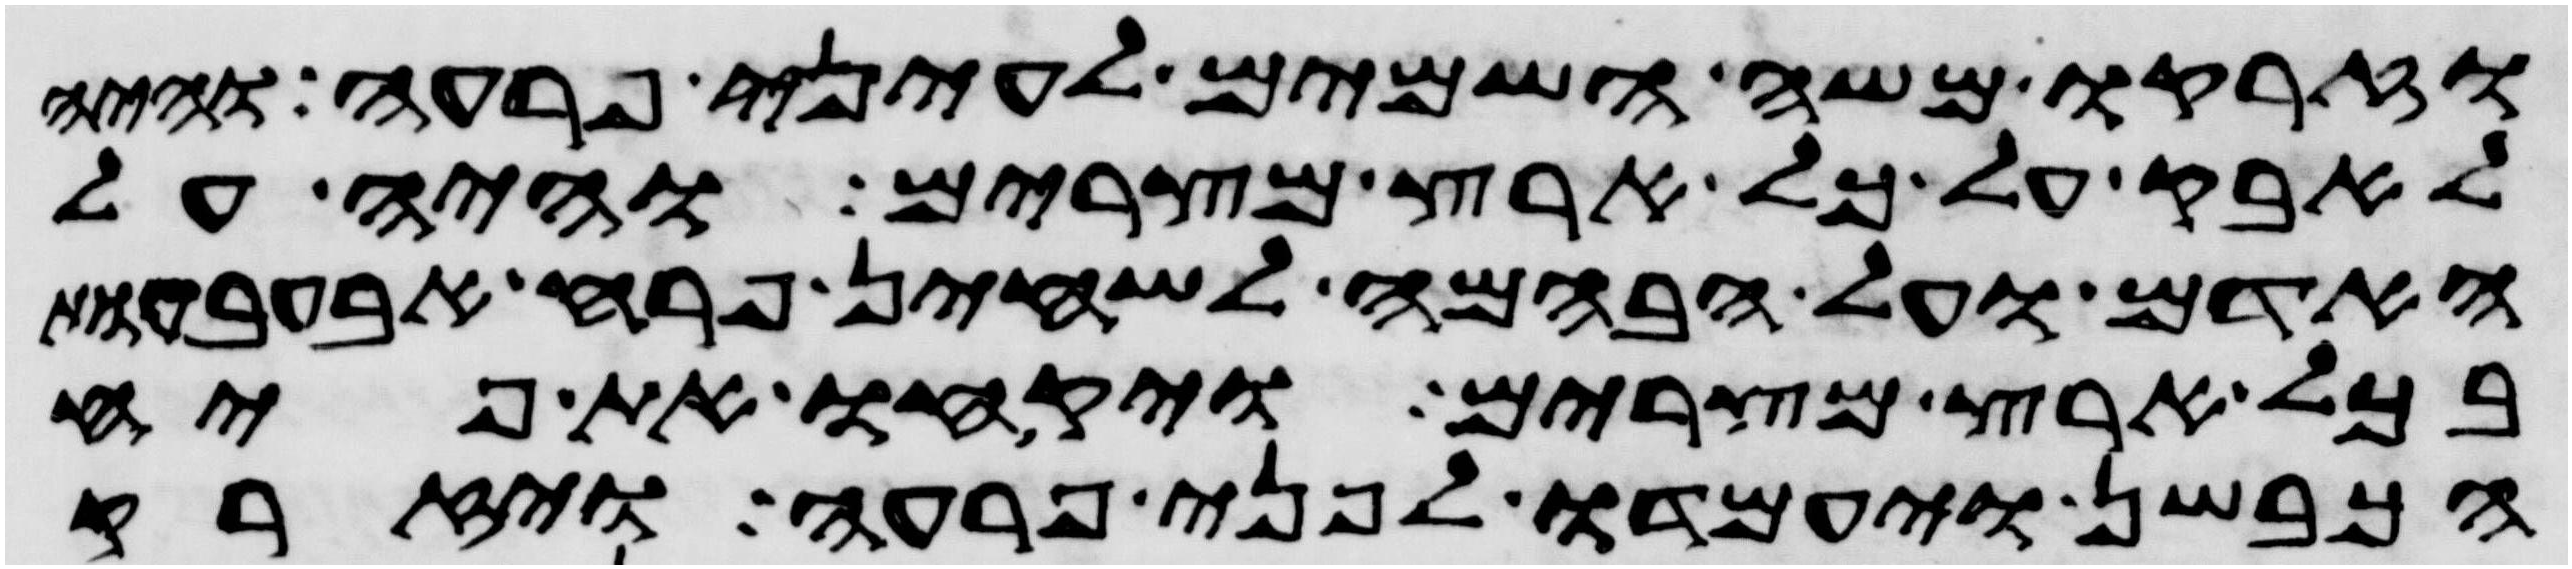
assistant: וזרקו משה השמים לעיני פרעה והיה
לאבק על כל ארץ מצרים והיה על
האדם ועל הבהמה לשחין פרח אבעבעות
בכל ארץ מצרים ויקחו את פיח
הכבשן ויעמדו לפני פרעה ויזרק